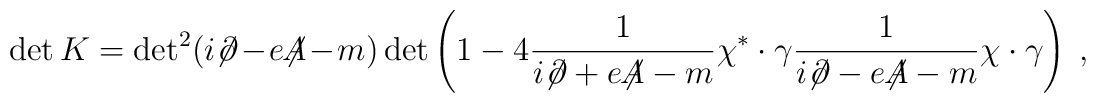
\det K = {\det}^2 (i{\not\!\partial}-e{\not\!\!A}-m)           \det \left( 1 - 4	     \frac{1}{i{\not\!\partial}+e{\not\!\!A}-m}	     \chi^* \cdot \gamma	     \frac{1}{i{\not\!\partial}-e{\not\!\!A}-m}	     \chi \cdot \gamma \right)~,